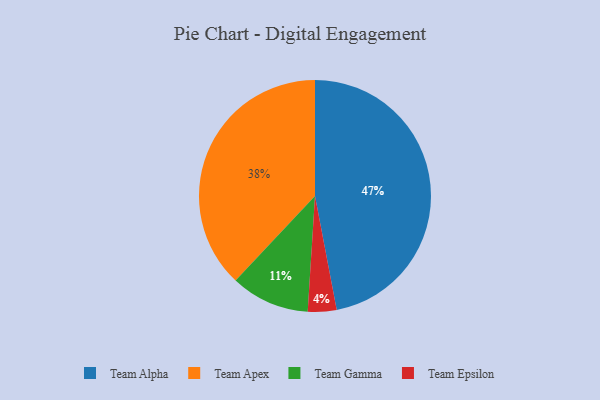
{"axis": {"x": "Category", "y": "Percentage"}, "legend": ["Team Alpha", "Team Apex", "Team Epsilon", "Team Gamma"], "data": [{"x": "Team Epsilon", "y": 4, "type": "Team Epsilon"}, {"x": "Team Apex", "y": 38, "type": "Team Apex"}, {"x": "Team Alpha", "y": 47, "type": "Team Alpha"}, {"x": "Team Gamma", "y": 11, "type": "Team Gamma"}]}